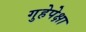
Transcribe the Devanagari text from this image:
गुहेपेक्षा